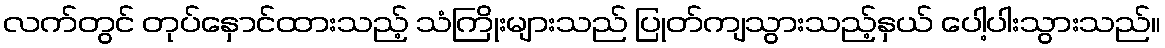
လက်တွင် တုပ်နှောင်ထားသည့် သံကြိုးများသည် ပြုတ်ကျသွားသည့်နှယ် ပေါ့ပါးသွားသည်။